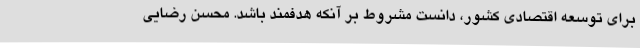
برای توسعه اقتصادی کشور، دانست مشروط بر آنکه هدفمند باشد. محسن رضایی